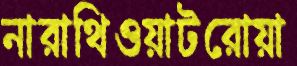
নারাথিওয়াটরোয়া